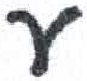
אות: ע